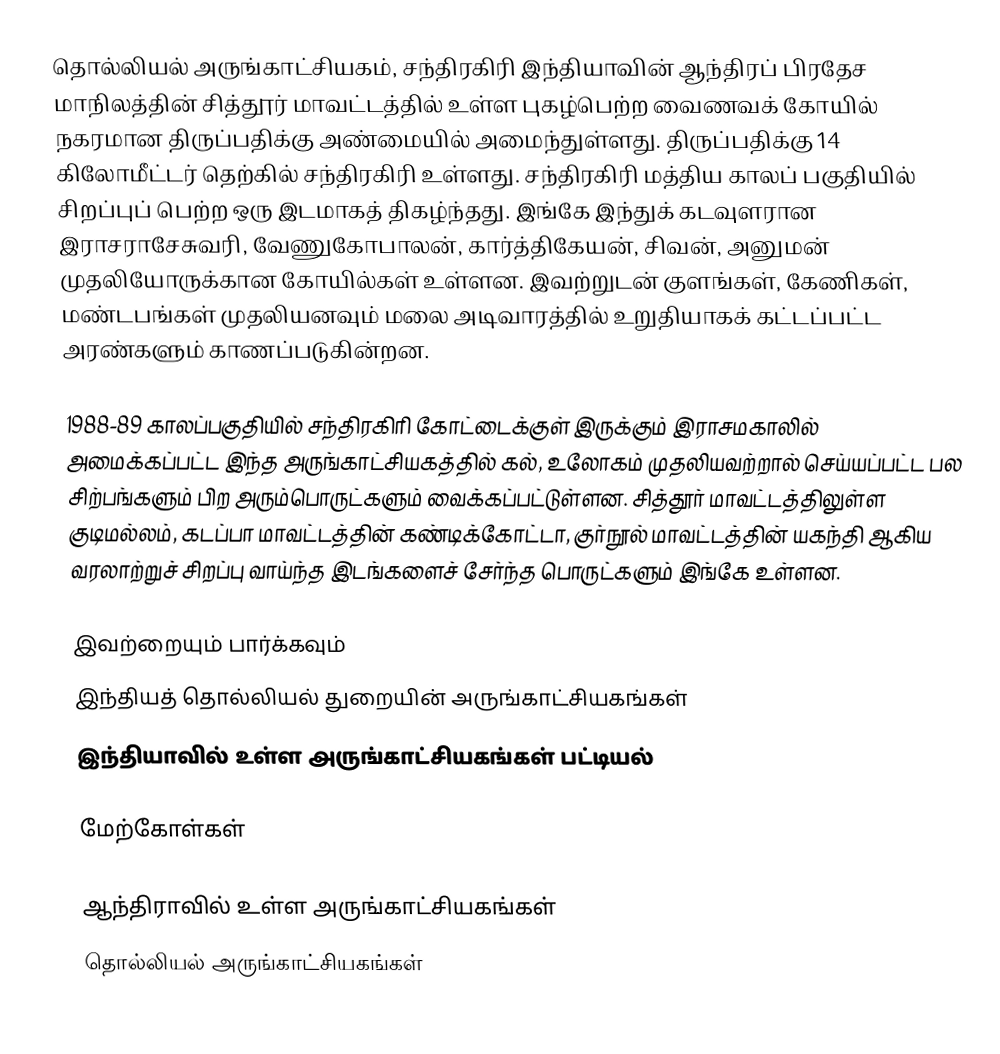
தொல்லியல் அருங்காட்சியகம், சந்திரகிரி இந்தியாவின் ஆந்திரப் பிரதேச மாநிலத்தின் சித்தூர் மாவட்டத்தில் உள்ள புகழ்பெற்ற வைணவக் கோயில் நகரமான திருப்பதிக்கு அண்மையில் அமைந்துள்ளது. திருப்பதிக்கு 14 கிலோமீட்டர் தெற்கில் சந்திரகிரி உள்ளது. சந்திரகிரி மத்திய காலப் பகுதியில் சிறப்புப் பெற்ற ஒரு இடமாகத் திகழ்ந்தது. இங்கே இந்துக் கடவுளரான இராசராசேசுவரி, வேணுகோபாலன், கார்த்திகேயன், சிவன், அனுமன் முதலியோருக்கான கோயில்கள் உள்ளன.  இவற்றுடன் குளங்கள், கேணிகள், மண்டபங்கள் முதலியனவும் மலை அடிவாரத்தில் உறுதியாகக் கட்டப்பட்ட அரண்களும் காணப்படுகின்றன.

1988-89 காலப்பகுதியில் சந்திரகிரி கோட்டைக்குள் இருக்கும் இராசமகாலில் அமைக்கப்பட்ட இந்த அருங்காட்சியகத்தில் கல், உலோகம் முதலியவற்றால் செய்யப்பட்ட பல சிற்பங்களும் பிற அரும்பொருட்களும் வைக்கப்பட்டுள்ளன. சித்தூர் மாவட்டத்திலுள்ள குடிமல்லம், கடப்பா மாவட்டத்தின் கண்டிக்கோட்டா, குர்நூல் மாவட்டத்தின் யகந்தி ஆகிய வரலாற்றுச் சிறப்பு வாய்ந்த இடங்களைச் சேர்ந்த பொருட்களும் இங்கே உள்ளன.

இவற்றையும் பார்க்கவும்
 இந்தியத் தொல்லியல் துறையின் அருங்காட்சியகங்கள்
 இந்தியாவில் உள்ள அருங்காட்சியகங்கள் பட்டியல்

மேற்கோள்கள்

ஆந்திராவில் உள்ள அருங்காட்சியகங்கள்
தொல்லியல் அருங்காட்சியகங்கள்